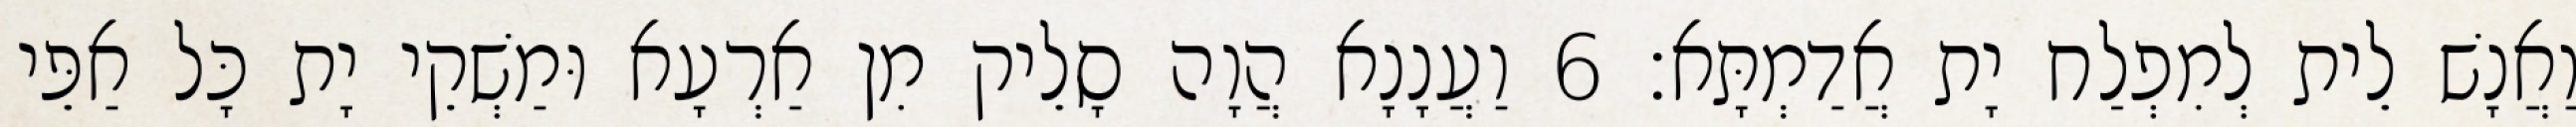
וַאֲנָשׁ לֵית לְמִפְלַח יָת אֲדַמְתָּא׃ 6 וַעֲנָנָא הֲוָה סָלֵיק מִן אַרְעָא וּמַשְׁקֵי יָת כָּל אַפֵּי